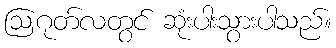
ဩဂုတ်လတွင် ဆုံးပါးသွားပါသည်။